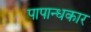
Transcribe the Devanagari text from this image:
पापान्धकार